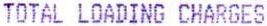
TOTAL LOADING CHARGES